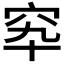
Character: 𥤿